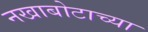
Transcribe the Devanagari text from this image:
नखाबोटाच्या